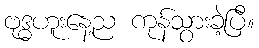
ဗုဒ္ဓဟူးနေ့ည ကုန်သွားခဲ့ပြီ။